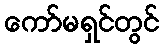
ကော်မရှင်တွင်